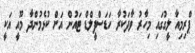
ޕްރިމިއާ ލީގުގައި މިހާރު ވާދަކުރާ ހަޑަސްފީލްޑް ޓައުން އަށް ކުޅެމުންދާ މޫއީ އަކީ